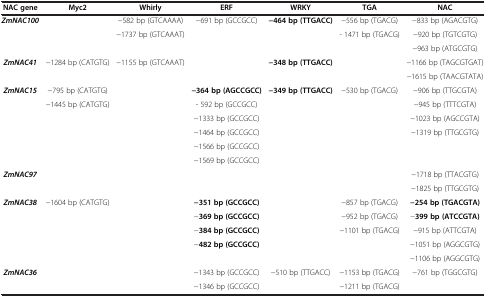
<table><thead><tr><td><b>NAC gene</b></td><td><b>Myc2</b></td><td><b>Whirly</b></td><td><b>ERF</b></td><td><b>WRKY</b></td><td><b>TGA</b></td><td><b>NAC</b></td></tr></thead><tbody><tr><td rowspan="3"><b><i>ZmNAC100</i></b></td><td rowspan="3"> </td><td>−582 bp (GTCAAAA)</td><td rowspan="3">−691 bp (GCCGCC)</td><td rowspan="3"><b>−464 bp (TTGACC)</b></td><td>−556 bp (TGACG)</td><td>−833 bp (AGACGTG)</td></tr><tr><td rowspan="2">−1737 bp (GTCAAAT)</td><td rowspan="2">- 1471 bp (TGACG)</td><td>−920 bp (TGTCGTG)</td></tr><tr><td>−963 bp (ATGCGTG)</td></tr><tr><td rowspan="2"><b><i>ZmNAC41</i></b></td><td rowspan="2">−1284 bp (CATGTG)</td><td rowspan="2">−1155 bp (GTCAAAT)</td><td rowspan="2"> </td><td rowspan="2"><b>−348 bp (TTGACC)</b></td><td rowspan="2"> </td><td>−1166 bp (TAGCGTGAT)</td></tr><tr><td>−1615 bp (TAACGTATA)</td></tr><tr><td rowspan="6"><b><i>ZmNAC15</i></b></td><td>−795 bp (CATGTG)</td><td rowspan="6"> </td><td><b>−364 bp (AGCCGCC)</b></td><td rowspan="6"><b>−349 bp (TTGACC)</b></td><td rowspan="6">−530 bp (TGACG)</td><td>−906 bp (TTGCGTA)</td></tr><tr><td rowspan="5">−1445 bp (CATGTG)</td><td>- 592 bp (GCCGCC)</td><td>−945 bp (TTTCGTA)</td></tr><tr><td>−1333 bp (GCCGCC)</td><td>−1023 bp (AGCCGTA)</td></tr><tr><td>−1464 bp (GCCGCC)</td><td rowspan="3">−1319 bp (TTGCGTG)</td></tr><tr><td>−1566 bp (GCCGCC)</td></tr><tr><td>−1569 bp (GCCGCC)</td></tr><tr><td rowspan="2"><b><i>ZmNAC97</i></b></td><td rowspan="2"> </td><td rowspan="7"> </td><td rowspan="2"> </td><td rowspan="7"> </td><td rowspan="2"> </td><td>−1718 bp (TTACGTG)</td></tr><tr><td>−1825 bp (TTGCGTG)</td></tr><tr><td rowspan="5"><b><i>ZmNAC38</i></b></td><td rowspan="5">−1604 bp (CATGTG)</td><td><b>−351 bp (GCCGCC)</b></td><td>−857 bp (TGACG)</td><td><b>−254 bp (TGACGTA)</b></td></tr><tr><td>−<b>369 bp (GCCGCC)</b></td><td>−952 bp (TGACG)</td><td>−<b>399 bp (ATCCGTA)</b></td></tr><tr><td>−<b>384 bp (GCCGCC)</b></td><td rowspan="3">−1101 bp (TGACG)</td><td>−915 bp (ATTCGTA)</td></tr><tr><td rowspan="2">−<b>482 bp (GCCGCC)</b></td><td>−1051 bp (AGGCGTG)</td></tr><tr><td>−1106 bp (AGGCGTG)</td></tr><tr><td rowspan="2"><b><i>ZmNAC36</i></b></td><td rowspan="2"> </td><td rowspan="2"> </td><td>−1343 bp (GCCGCC)</td><td rowspan="2">−510 bp (TTGACC)</td><td>−1153 bp (TGACG)</td><td rowspan="2">−761 bp (TGGCGTG)</td></tr><tr><td>−1346 bp (GCCGCC)</td><td>−1211 bp (TGACG)</td></tr></tbody></table>